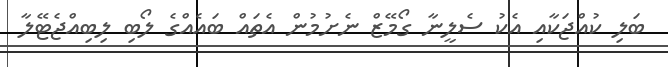
ބަލި ކުއްޖަކާއި އެކު ސެލީނާ ގޯމޭޒް ނެށުމުން އެތައް ބައެއްގެ ލޯބި ލިބިއްޖެޓޭލާ